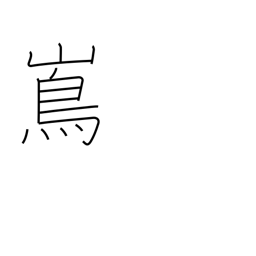
Meaning: island